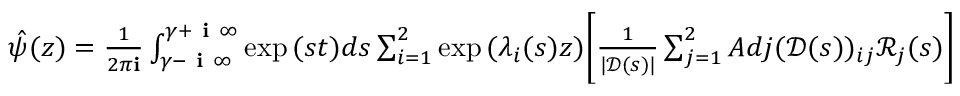
\begin{array} { r } { \hat { \psi } ( z ) = \frac { 1 } { 2 \pi \mathbf { i } } \int _ { \gamma - \textbf { i } \infty } ^ { \gamma + \textbf { i } \infty } \exp { ( s t ) } d s \sum _ { i = 1 } ^ { 2 } \exp { ( \lambda _ { i } ( s ) z ) } \Bigg [ \frac { 1 } { | \mathscr { D } ( s ) | } \sum _ { j = 1 } ^ { 2 } A d j ( \mathscr { D } ( s ) ) _ { i j } \mathscr { R } _ { j } ( s ) \Bigg ] } \end{array}